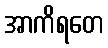
အာကိရတေ